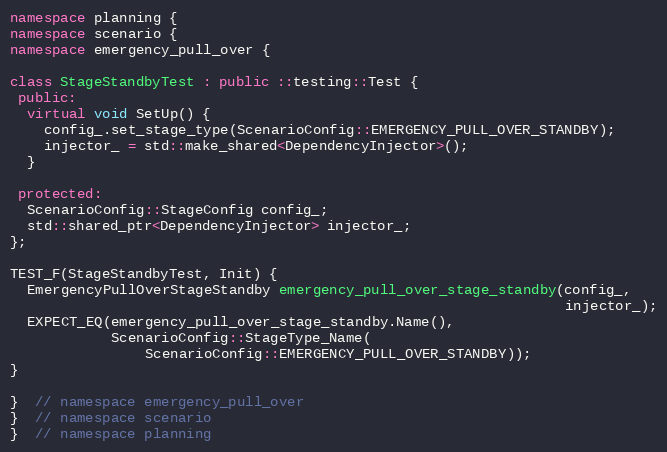
Language: C++
namespace planning {
namespace scenario {
namespace emergency_pull_over {

class StageStandbyTest : public ::testing::Test {
 public:
  virtual void SetUp() {
    config_.set_stage_type(ScenarioConfig::EMERGENCY_PULL_OVER_STANDBY);
    injector_ = std::make_shared<DependencyInjector>();
  }

 protected:
  ScenarioConfig::StageConfig config_;
  std::shared_ptr<DependencyInjector> injector_;
};

TEST_F(StageStandbyTest, Init) {
  EmergencyPullOverStageStandby emergency_pull_over_stage_standby(config_,
                                                                  injector_);
  EXPECT_EQ(emergency_pull_over_stage_standby.Name(),
            ScenarioConfig::StageType_Name(
                ScenarioConfig::EMERGENCY_PULL_OVER_STANDBY));
}

}  // namespace emergency_pull_over
}  // namespace scenario
}  // namespace planning